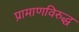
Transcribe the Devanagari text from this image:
प्रामाणविरुद्ध